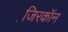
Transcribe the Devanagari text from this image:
जि़रकॉन